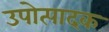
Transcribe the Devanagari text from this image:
उपोत्पादक